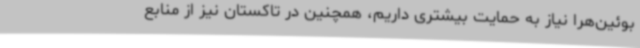
بوئین‌هرا نیاز به حمایت بیشتری داریم، همچنین در تاکستان نیز از منابع